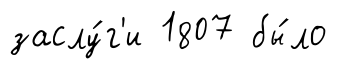
заслу́г'и 1807 бы́ло